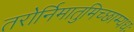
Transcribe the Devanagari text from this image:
तरोर्निमातुमिच्छाम्यधः